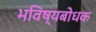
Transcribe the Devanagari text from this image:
भविष्यबोधक